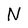
Character: N